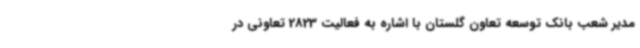
مدیر شعب بانک توسعه تعاون گلستان با اشاره به فعالیت 2823 تعاونی در